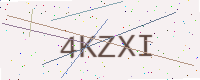
Text: 4KZXI